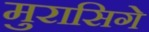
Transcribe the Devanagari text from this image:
मुरासिगे